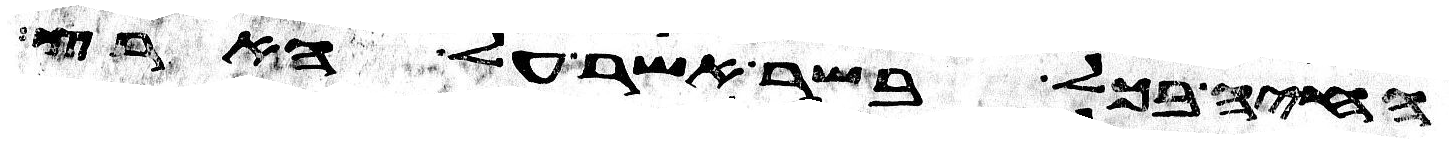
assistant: החיה בכל בשר אשר על הארץ